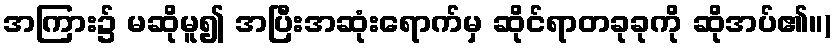
အကြား၌ မဆိုမူ၍ အပြီးအဆုံးရောက်မှ ဆိုင်ရာတခုခုကို ဆိုအပ်၏။)